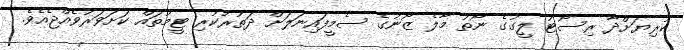
ކުރިޔަށްދާ ރިސޯޓު ލީގުގެ ނޯތު މާލެ ޒޯނުގެ ސެމީފައިނަލަށް ދަތުރުކުރި ޓީމުތައް ކަށަވަރުވެއްޖެއެވެ.